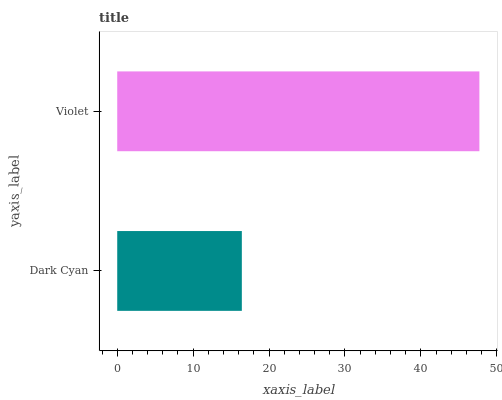
| yaxis_label | bars |
 | --- | --- |
 | Dark Cyan | 16.4 |
 | Violet | 47.7 |